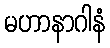
မဟာနာဂါနံ